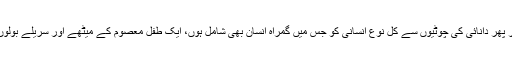
اپنے دل و دماغ کی معصومیت، تازگی اور حسن برقرار رکھے اور پھر دانائی کی چوٹیوں سے کل نوع انسانی کو جس میں گمراہ انسان بھی شامل ہوں، ایک طفل معصوم کے میٹھے اور سریلے بولوں میں پکارے اور منزل انسانیت کی طرف قدم بڑھانے کا پیغام دے۔